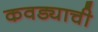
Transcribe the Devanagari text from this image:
कवड्याची